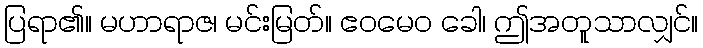
ပြရာ၏။ မဟာရာဇ၊ မင်းမြတ်။ ဧဝမေဝ ခေါ၊ ဤအတူသာလျှင်။